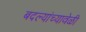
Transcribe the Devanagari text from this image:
बदल्यांच्यावेळी